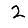
Digit: 2